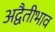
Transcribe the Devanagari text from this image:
अद्वैतीभाव